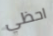
احظي